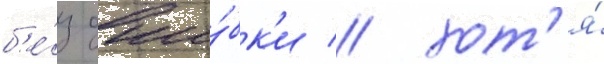
б'е́з оши́бк'и / хот'я́